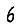
Digit: 6